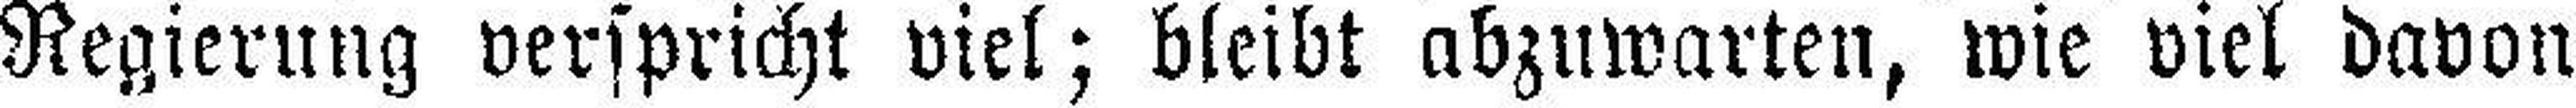
Regierung verspricht viel; bleibt abzuwarten, wie viel davon